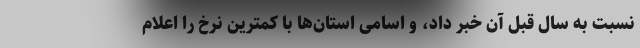
نسبت به سال قبل آن خبر داد، و اسامی استان‌ها با کمترین نرخ را اعلام